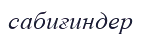
сабиғиндер